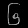
Digit: ၆